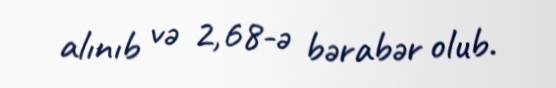
alınıb və 2,68-ə bərabər olub.